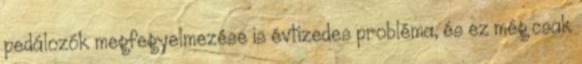
pedálozók megfegyelmezése is évtizedes probléma, és ez még csak